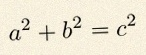
a^2+b^2=c^2